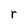
Character: r